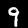
Label: 9